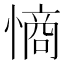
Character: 𭞡